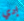
إدي